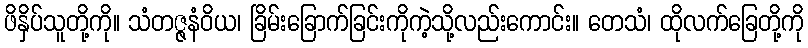
ဖိနှိပ်သူတို့ကို။ သံတဇ္ဇနံဝိယ၊ ခြိမ်းခြောက်ခြင်းကိုကဲ့သို့လည်းကောင်း။ တေသံ၊ ထိုလက်ခြေတို့ကို